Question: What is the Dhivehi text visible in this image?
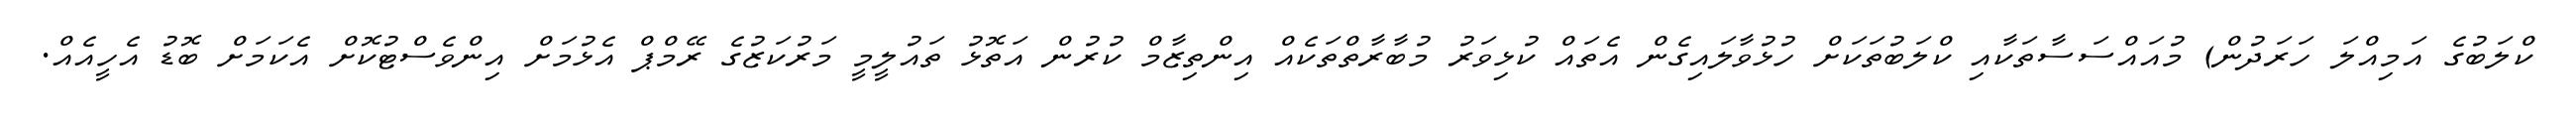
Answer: ކްލަބުގެ އަމިއްލަ ހަރަދުން) މުއައްސަސާތަކާއި ކްލަބުތަކަށް ހުޅުވާލައިގެން އެތައް ކުޅިވަރު މުބާރާތްތަކެއް އިންތިޒާމް ކުރުން އަތޮޅު ތައުލީމީ މަރުކަޒުގެ ރޭމްޕް އެޅުމަށް އިންވެސްޓުކޮށް އެކަމަށް ބޮޑު އެހީއެއް.